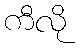
ကီလို